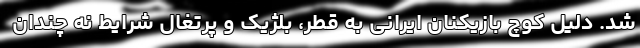
شد. دلیل کوچ بازیکنان ایرانی به قطر، بلژیک و پرتغال شرایط نه چندان